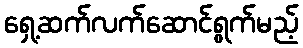
ရှေ့ဆက်လက်ဆောင်ရွက်မည့်